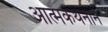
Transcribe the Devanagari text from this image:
आत्मकथनाने